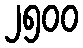
၂၅၀၀